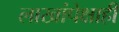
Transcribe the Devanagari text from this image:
लाखांपेक्षाही